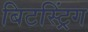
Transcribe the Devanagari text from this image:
बिटस्ट्रिंग